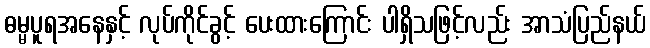
ဓမ္မပူရအနေနှင့် လုပ်ကိုင်ခွင့် ပေးထားကြောင်း ပါရှိသဖြင့်လည်း အာသံပြည်နယ်